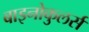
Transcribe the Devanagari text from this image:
बाइनोकुलर्स